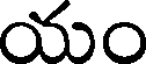
యం